Annual statistical returns and brief notes on vaccination in Bengal - 1896-1909
Year: 1896
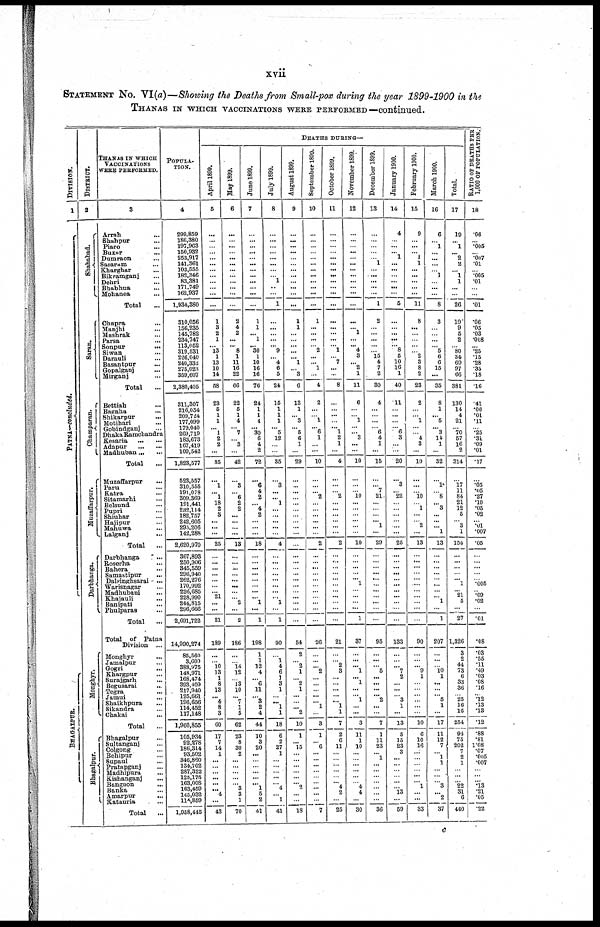
xvii
STATEMENT No. VI(a)—Showing the Deaths from Small-pox during the year 1899-1900 in the
THANAS IN WHICH VACCINATIONS WERE PERFORMED—continued.
Division.
1
PATNA—concluded.
BHAGALPUR.
DISTRICT.
2
Shahabad.
Saran.
Champaran.
Muzaffarpur.
Darbhanga.
Monghyr.
Bhagalpur.
THANAS IN WHICH
VACCINATIONS
WERE PERFORMED.
3
Arrah ...
Shahpur ...
Piaro ...
Buxar ...
Dumraon ...
Sasaram ...
Kharghar ...
Bikramganj ...
Dehri ...
Bhabhua ...
Mohanea ...
Total ...
Chapra ...
Manjhi ...
Maahrak ...
Parsa ...
Sonpur
...
Siwan ...
Darauli ...
Basantpur ...
Gopalganj ...
Mirganj ...
Total
...
Bettiah ...
Bagaha ...
Shikarpur ...
Motihari ...
Gobindganj ...
Dhaka Ramchandra
Kesaria
...
...
Adapur
...
...
Madhuban ... ...
Total ...
Muzaffarpur ...
Paru ...
Katra ...
Sitamarhi ...
Belsund ...
Pupri ...
Shiuhar ...
Hajipur ...
Mahuwa ...
Lalganj ...
Total
...
Darbhanga ...
Roserha ...
Bahora ...
Samastipur
...
Dalsinghsarai ...
Warisnagar ...
Madhubani ...
Khajauli ...
Banipati ...
Phulparas ...
Total ...
Total of Patna
Division
Monghyr ...
Jamalpur ...
Gogri ...
Khargpur ...
Surajgarh
...
Begusarai
...
Tegra
...
Jamui ...
Shaikhpura ...
Sikandra ...
Chakai
...
Total ...
Bhagalpur ...
Sultanganj ...
Colgong ...
Behipur ...
Supaul ...
Pratapganj ...
Madhipura
...
Kishanganj ...
Bangaon ...
Banka ...
Amarpur ...
Katauria ...
Total ...
POPULA¬
TION.
4
299,859
186,380
197,963
160,932
253,917
141,361
103,555
182,346
83,381
171,749
162,937
1,934,380
310,056
156,235
145,782
234,747
113,052
319,531
226,040
240,332
275,023
359,607
2,380,405
311,307
216,054
209,724
177,099
179,040
269,719
183,673
167,419
109,542
1,823,577
523,557
310,555
191,078
309,369
191,441
232,114
182,757
242,605
295,206
142,288
2,620,970
367,893
250,906
345,559
296,940
262,276
170,992
226,685
228,990
244,815
296,666
2,691,722
14,99,274
85,560
3,609
388,975
148,971
168,474
393,409
217,940
125,661 196,656
114,452
117,148
1,960,855
105,934
92,278
186,314
93,502
346,860
134,702
287,322
125,175
163,008
163,459
145,032 114,859
1,958,445
DEATHS DURING—
April 1899.
5
...
...
... ... ...
... ...
... ...
... ...
...
1
3
2
1
... 13
1
13
10
14
58
23
5
1
1
... 1
2
2
...
35
...
1
... 1
18
2
3
...
...
...
25
...
...
...
...
...
...
... 21
...
...
21
189
...
... 10
13
1
8
13
... 4
8
3
60
17
7
14
1
...
...
...
...
... ... 4
...
43
May 1899.
6
...
...
...
... ...
... ...
...
...
...
...
...
2
4
2
...
... 8
1
11
16
22
66
22
5
1
4
... 7
... 3
...
42
...
3
... 6
2
2
...
...
...
...
13
...
...
...
...
...
...
...
... 2
...
2
186
...
... 14
12
... 13
10
... ... 1
5
62
23
8
30
2
...
...
...
...
... 3
3
1
70
June 1899.
7
...
...
...
... ...
... ...
...
...
... ...
...
1
1
... 1
... 30
1
10
16
16
76
24
1
1
4
... 30
6
4
2
72
...
6
4
2
... 4
2
...
...
...
18
...
...
...
...
...
...
...
... 1
...
1
198
1
1
12
4
... 6
11
... 3
2
4
44
10
3
20
...
...
...
...
...
... 1
5
2
41
July 1899.
8
...
...
...
... ...
... ...
... 1
...
...
1
...
...
...
...
... 9
... 4
6
5
24
15
1
1
1
... 5
12
...
...
35
...
3
...
... 1
...
...
...
...
...
4
...
...
...
...
...
...
...
... 1
...
1
90
...
1
4
6
1
3
1
... ... 1
1
18
6
2
27
1
...
...
...
...
... 4
...
1
41
August 1899.
9
...
...
...
... ...
... ...
...
...
...
...
...
1
1
...
... ...
...
... 1
... 3
6
13
1
... 3
... 5
6
1
...
29
...
... ...
... ...
...
...
...
...
...
...
...
...
...
...
...
...
...
...
...
...
...
54
2
... 2
1
... 2
1
... ...
... 2
10
1
... 15
...
...
...
...
...
... 2
...
...
18
September 1899.
10
...
...
...
... ...
... ...
...
...
...
...
...
1
...
...
...
... 2
...
... 1
...
4
2
...
... 1
... 6
1
...
...
10
...
...
... 2
...
...
...
...
...
...
2
...
...
...
...
...
...
...
...
...
...
...
26
...
...
... 2
...
...
...
... ... 1
...
3
1
... 6
...
...
...
...
...
...
...
...
...
7
October 1899.
11
...
...
...
... ...
... ...
...
...
... ...
...
...
...
...
...
... 1
... 7
...
...
8
...
...
...
...
... 1
... 1
...
4
...
...
... 2
...
...
...
...
...
...
2
...
...
...
...
...
...
...
...
...
...
...
21
...
... 2
3
...
...
...
... ... 1
1
7
2
6
11
...
...
...
...
...
... 4
2
...
25
November 1899.
12
...
...
... ...
...
... ...
...
...
... ...
...
...
... 1
...
... 4
3
... 2
1
11
6
...
... 1
...
... 3
...
...
10
...
...
... 10
...
...
...
...
...
...
10
...
...
...
...
...
...
...
...
...
...
1
37
...
...
... 1
... 1
...
... 1
...
...
3
11
1
10
...
...
...
...
...
... 4
4
...
30
December 1899.
13
...
...
...
...
... 1
...
...
...
... ...
1
2
...
...
...
...
... 15
4
7
2
30
4
...
... ...
... 6
4
1
...
15
...
... 7
21
...
...
...
... 1
...
29
...
...
...
...
...
...
...
...
...
...
...
95
...
...
... 5
...
...
...
... 2
...
...
7
1
11
23
... 1
...
...
...
...
...
...
...
36
January 1900.
14
4
...
...
... 1
...
...
...
...
...
...
5
...
... ...
...
... 8
5
10
16
1
40
11
...
...
...
... 6
3
...
...
20
...
3
... 22
...
...
...
...
...
...
25
...
...
...
...
...
...
...
...
...
...
...
133
...
...
... 7
2
...
...
... 3
1
...
13
5
15
23
3
...
...
...
...
...
... 13
...
59
February 1900.
15
9
...
...
... 1
1
...
...
...
... ...
11
8
...
...
...
...
... 2
3
8
2
23
2
...
... 1
...
... 4
3
...
10
...
...
... 10
... 1
...
... 2
...
13
...
...
...
...
...
...
...
...
...
...
...
90
...
...
... 9
1
...
...
... ...
...
...
10
6
10
16
...
...
...
...
...
... 1
...
...
33
March 1900.
16
6
... 1
...
...
...
... 1
...
...
...
8
3
...
... ...
... 5
6
6
15
...
35
8
1
... 5
... 3
14
1
...
32
...
1
... 8
... 3
...
... ... 1
13
...
...
...
...
...
...
...
... 1
...
1
207
...
...
...
10 1
...
...
... 5
1
...
17
11
12
7
... 1
1
...
...
... 3
... 2
37
Total.
17
19
... 1
... 2
2
... 1
1
... ...
26
19
9
5
2
... 80
34
69
97
66
381
130
14
4
21
... 70
57
16
2
314
...
17
11
84
21
12
5
... 3
1
154
...
...
...
...
... 1
... 21
5
...
27
1,326
3
2
44
73
6
33
36
... 25
16
16
254
94
75
202
7
2
1
...
...
... 22
31
6
440
RATIO OF DEATHS PER
1,000 OF POPULATION.
18
.06
... .005
... .007
.01
...
.005
.01
...
...
.01
.06
.05
.03
.008
... .25
.15
.28
.35
.18
.16
.41
.06
.01
.11
... .25
.31
.09
.01
.17
...
.05
.05
.27
.10
.05
.02
... .01
.007
.05
...
...
...
...
... .005
... .09
.02
...
.01
.08
.03
.55
.11
.49
.03
.08
.16
... .12
.13
.13
.12
.88
.81
1.08
.07
.005
.007
...
...
... .13
.21
.05
.22
c